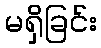
မရှိခြင်း